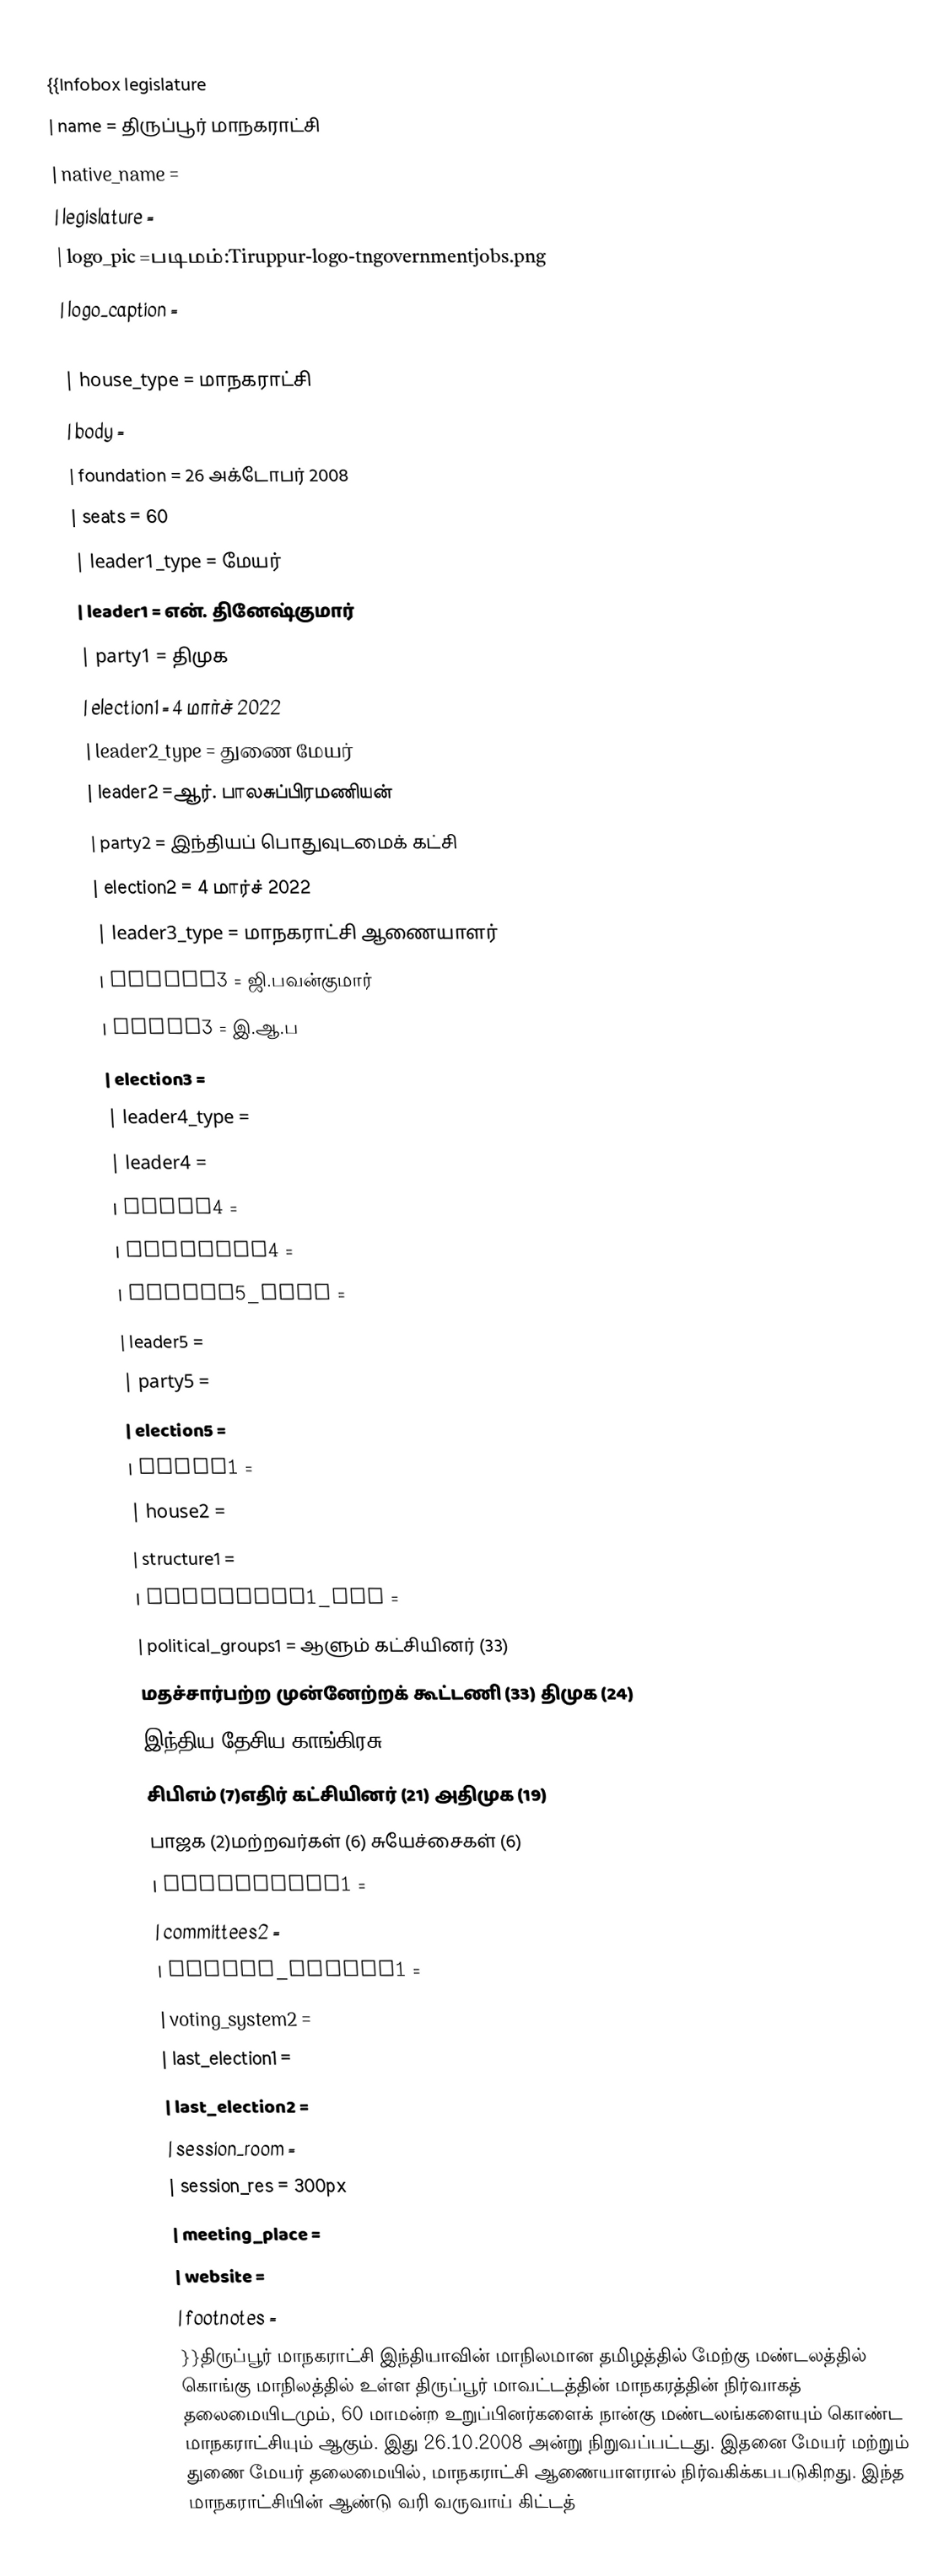
{{Infobox legislature
 | name               = திருப்பூர் மாநகராட்சி
 | native_name        =
 | legislature        =
 | logo_pic           =படிமம்:Tiruppur-logo-tngovernmentjobs.png
 | logo_caption       =
 | logo_res           =
 | house_type         = மாநகராட்சி
 | body               =
 | foundation         = 26 அக்டோபர் 2008
 | seats              = 60
 | leader1_type       = மேயர்
 | leader1            = என். தினேஷ்குமார்
 | party1             = திமுக
 | election1          = 4 மார்ச் 2022
 | leader2_type       = துணை மேயர்
 | leader2            =ஆர். பாலசுப்பிரமணியன்
 | party2             = இந்தியப் பொதுவுடமைக் கட்சி
 | election2          = 4 மார்ச் 2022
 | leader3_type       = மாநகராட்சி ஆணையாளர்
 | leader3            = ஜி.பவன்குமார்
 | party3             = இ.ஆ.ப
 | election3          =
 | leader4_type       =
 | leader4            =
 | party4             =
 | election4          =
 | leader5_type       =
 | leader5            =
 | party5             =
 | election5          =
 | house1             =
 | house2             =
 | structure1         =
 | structure1_res     =
 | political_groups1  =  ஆளும் கட்சியினர் (33)
 மதச்சார்பற்ற முன்னேற்றக் கூட்டணி (33) திமுக  (24)
 இந்திய தேசிய காங்கிரசு (2)
  சிபிஎம் (7)எதிர் கட்சியினர்  (21) அதிமுக (19)
 பாஜக (2)மற்றவர்கள் (6) சுயேச்சைகள் (6)
 | committees1        =
 | committees2        =
 | voting_system1     =
 | voting_system2     =
 | last_election1     =
 | last_election2     =
 | session_room       =
 | session_res        = 300px
 | meeting_place      =
 | website            =
 | footnotes          =
}}திருப்பூர் மாநகராட்சி இந்தியாவின் மாநிலமான தமிழத்தில் மேற்கு மண்டலத்தில் கொங்கு மாநிலத்தில் உள்ள திருப்பூர் மாவட்டத்தின் மாநகரத்தின் நிர்வாகத் தலைமையிடமும், 60 மாமன்ற உறுப்பினர்களைக் நான்கு மண்டலங்களையும்  கொண்ட மாநகராட்சியும் ஆகும். இது  26.10.2008 அன்று நிறுவப்பட்டது. இதனை மேயர் மற்றும் துணை மேயர் தலைமையில், மாநகராட்சி ஆணையாளரால் நிர்வகிக்கபபடுகிறது. இந்த மாநகராட்சியின் ஆண்டு வரி வருவாய் கிட்டத்